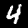
Label: 4